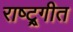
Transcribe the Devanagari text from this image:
राष्ट्र्गीत